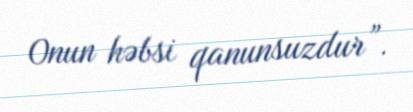
Onun həbsi qanunsuzdur”.